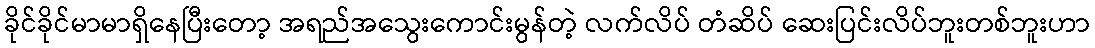
ခိုင်ခိုင်မာမာရှိနေပြီးတော့ အရည်အသွေးကောင်းမွန်တဲ့ လက်လိပ် တံဆိပ် ဆေးပြင်းလိပ်ဘူးတစ်ဘူးဟာ